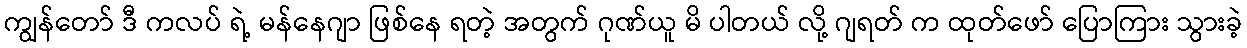
ကျွန်တော် ဒီ ကလပ် ရဲ့ မန်နေဂျာ ဖြစ်နေ ရတဲ့ အတွက် ဂုဏ်ယူ မိ ပါတယ် လို့ ဂျရတ် က ထုတ်ဖော် ပြောကြား သွားခဲ့